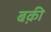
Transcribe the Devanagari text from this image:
बक़ी